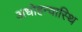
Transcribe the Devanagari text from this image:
अधोहन्वास्थि